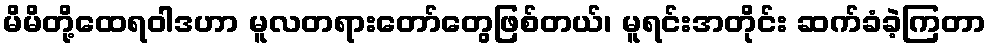
မိမိတို့ထေရဝါဒဟာ မူလတရားတော်တွေဖြစ်တယ်၊ မူရင်းအတိုင်း ဆက်ခံခဲ့ကြတာ